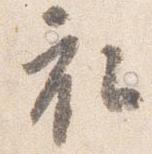
衣